Vaccination Hyderabad 1890-1903 - 1890-1903
Year: 1890
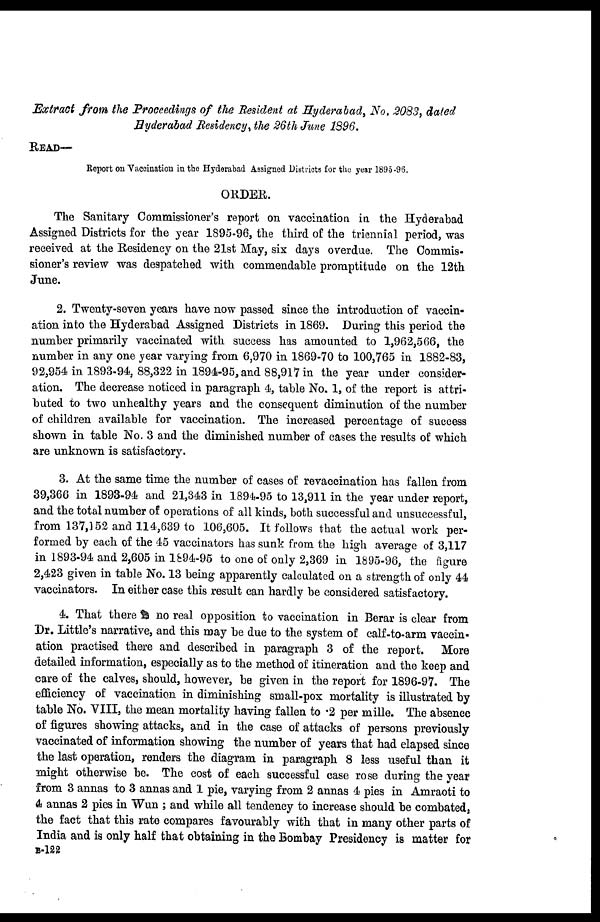
Extract from the Proceedings of the Resident at Hyderabad, No. 2083, dated
Hyderabad Residency, the 26th June 1896.
READ—
Report on Vaccination in the Hyderabad Assigned Districts for the year 1895-96.
ORDER.
The Sanitary Commissioner's report on vaccination in the Hyderabad
Assigned Districts for the year 1895-96, the third of the triennial period, was
received at the Residency on the 21st May, six days overdue. The Commis-
sioner's review was despatched with commendable promptitude on the 12th
June.
2. Twenty-seven years have now passed since the introduction of vaccin-
ation into the Hyderabad Assigned Districts in 1869. During this period the
number primarily vaccinated with success has amounted to 1,962,566, the
number in any one year varying from 6,970 in 1869-70 to 100,765 in 1882-83,
92,954 in 1893-94, 88,322 in 1894-95, and 88,917 in the year under consider-
ation. The decrease noticed in paragraph 4, table No. 1, of the report is attri-
buted to two unhealthy years and the consequent diminution of the number
of children available for vaccination. The increased percentage of success
shown in table No. 3 and the diminished number of cases the results of which
are unknown is satisfactory.
3. At the same time the number of cases of revaccination has fallen from
39,366 in 1893-94 and 21,343 in 1894-95 to 13,911 in the year under report,
and the total number of operations of all kinds, both successful and unsuccessful,
from 137,152 and 114,639 to 106,605. It follows that the actual work per-
formed by each of the 45 vaccinators has sunk from the high average of 3,117
in 1893-94 and 2,605 in 1894-95 to one of only 2,369 in 1895-96, the figure
2,423 given in table No. 13 being apparently calculated on a strength of only 44
vaccinators. In either case this result can hardly be considered satisfactory.
4. That there is no real opposition to vaccination in Berar is clear from
Dr. Little's narrative, and this may be due to the system of calf-to-arm vaccin-
ation practised there and described in paragraph 3 of the report. More
detailed information, especially as to the method of itineration and the keep and
care of the calves, should, however, be given in the report for 1896-97. The
efficiency of vaccination in diminishing small-pox mortality is illustrated by
table No. VIII, the mean mortality having fallen to .2 per mille. The absence
of figures showing attacks, and in the case of attacks of persons previously
vaccinated of information showing the number of years that had elapsed since
the last operation, renders the diagram in paragraph 8 less useful than it
might otherwise be. The cost of each successful case rose during the year
from 3 annas to 3 annas and 1 pie, varying from 2 annas 4 pies in Amraoti to
4 annas 2 pies in Wun ; and while all tendency to increase should be combated,
the fact that this rate compares favourably with that in many other parts of
India and is only half that obtaining in the Bombay Presidency is matter for
B-122